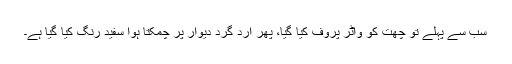
سب سے پہلے تو چھت کو واٹر پروف کیا گیا، پھر ارد گرد دیوار پر چمکتا ہوا سفید رنگ کیا گیا ہے۔